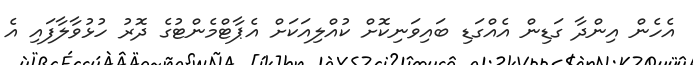
އެހެން އިންދާ ގަޑިން އެއްގަޑި ބައިވަނިކޮށް ކުއްލިއަކަށް އެޕާޓްމެންޓުގެ ދޮރު ހުޅުވާލާފައި އެ